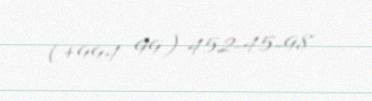
(+994 99) 452-45-98